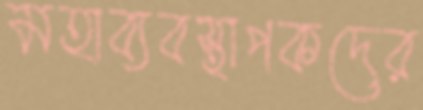
মহাব্যবস্থাপকদের